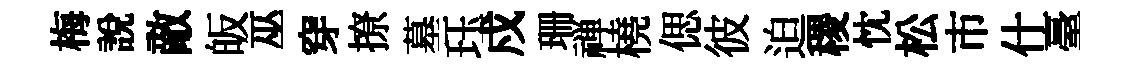
梅説敵皈巫穿撩墓珏戍珊禅橈偲彼迫稷忱松市什臺